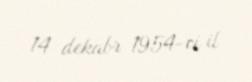
14 dekabr 1954-ci il